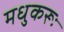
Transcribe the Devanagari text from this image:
मधुकरूः